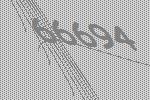
66694